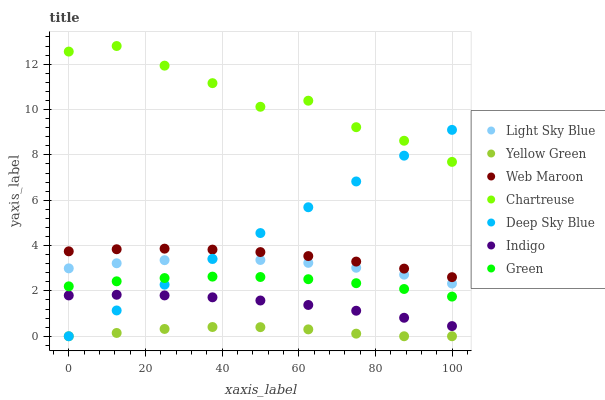
| xaxis_label | Light Sky Blue | Yellow Green | Web Maroon | Chartreuse | Deep Sky Blue | Indigo | Green |
 | --- | --- | --- | --- | --- | --- | --- | --- |
 | 0 | 2.99 | 0 | 3.75 | 12.6 | 0 | 1.8 | 2.2 |
 | 12.5 | 3.22 | 0.145 | 3.84 | 12.8 | 1.14 | 1.83 | 2.42 |
 | 25 | 3.36 | 0.322 | 3.86 | 11.9 | 2.28 | 1.8 | 2.57 |
 | 37.5 | 3.4 | 0.407 | 3.82 | 11.2 | 3.41 | 1.72 | 2.63 |
 | 50 | 3.36 | 0.401 | 3.71 | 10.1 | 4.55 | 1.58 | 2.61 |
 | 62.5 | 3.24 | 0.304 | 3.54 | 10.4 | 5.69 | 1.38 | 2.52 |
 | 75 | 3.02 | 0.114 | 3.29 | 9.22 | 6.83 | 1.13 | 2.34 |
 | 87.5 | 2.72 | 0 | 2.98 | 8.62 | 7.97 | 0.815 | 2.08 |
 | 100 | 2.33 | 0 | 2.61 | 7.69 | 9.1 | 0.449 | 1.75 |